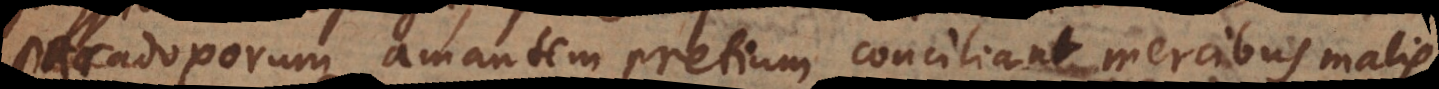
paradoxorum amantem pretium conciliant mercibus malis.